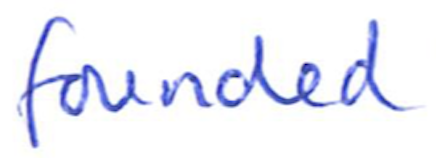
Text: founded
Cross-out: clean
Writing tool: ballpoint